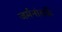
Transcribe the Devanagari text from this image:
जर्मनांतर्फे